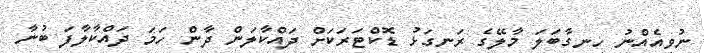
ނުވިއެއްނު ހިނގާބަލަ މާލޭގެ ރަނގަޅު ޑޮކްޓަރަކަށް ދައްކާލަން ދާން ހަމަ ދައްކާލާފަ ބުނާ